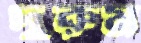
দুরুম